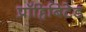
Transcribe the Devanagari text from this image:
प्रॉहिबिटेड